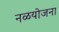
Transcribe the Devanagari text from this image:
नळयोजना